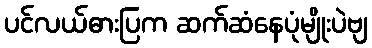
ပင်လယ်ဓားပြက ဆက်ဆံနေပုံမျိုးပဲဗျ